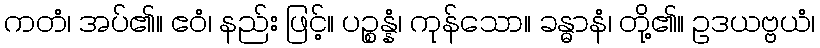
ကတံ၊ အပ်၏။ ဧဝံ၊ နည်း ဖြင့်။ ပဉ္စန္နံ၊ ကုန်သော။ ခန္ဓာနံ၊ တို့၏။ ဥဒယဗ္ဗယံ၊